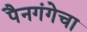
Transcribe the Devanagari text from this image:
पैनगंगेचा